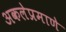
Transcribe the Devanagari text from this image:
अकलेप्रमाणे